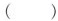
（）